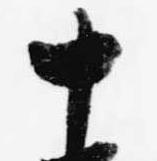
十